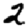
Digit: 2